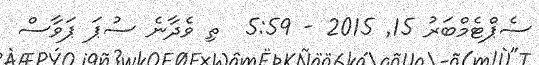
ސެޕްޓެމްބަރު 15